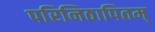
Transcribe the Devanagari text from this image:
परिनिठापितम्